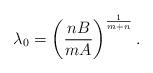
LaTeX: \begin{align*}\lambda_{0}=\left( \frac{nB}{mA}\right) ^{\frac{1}{m+n}}.\end{align*}